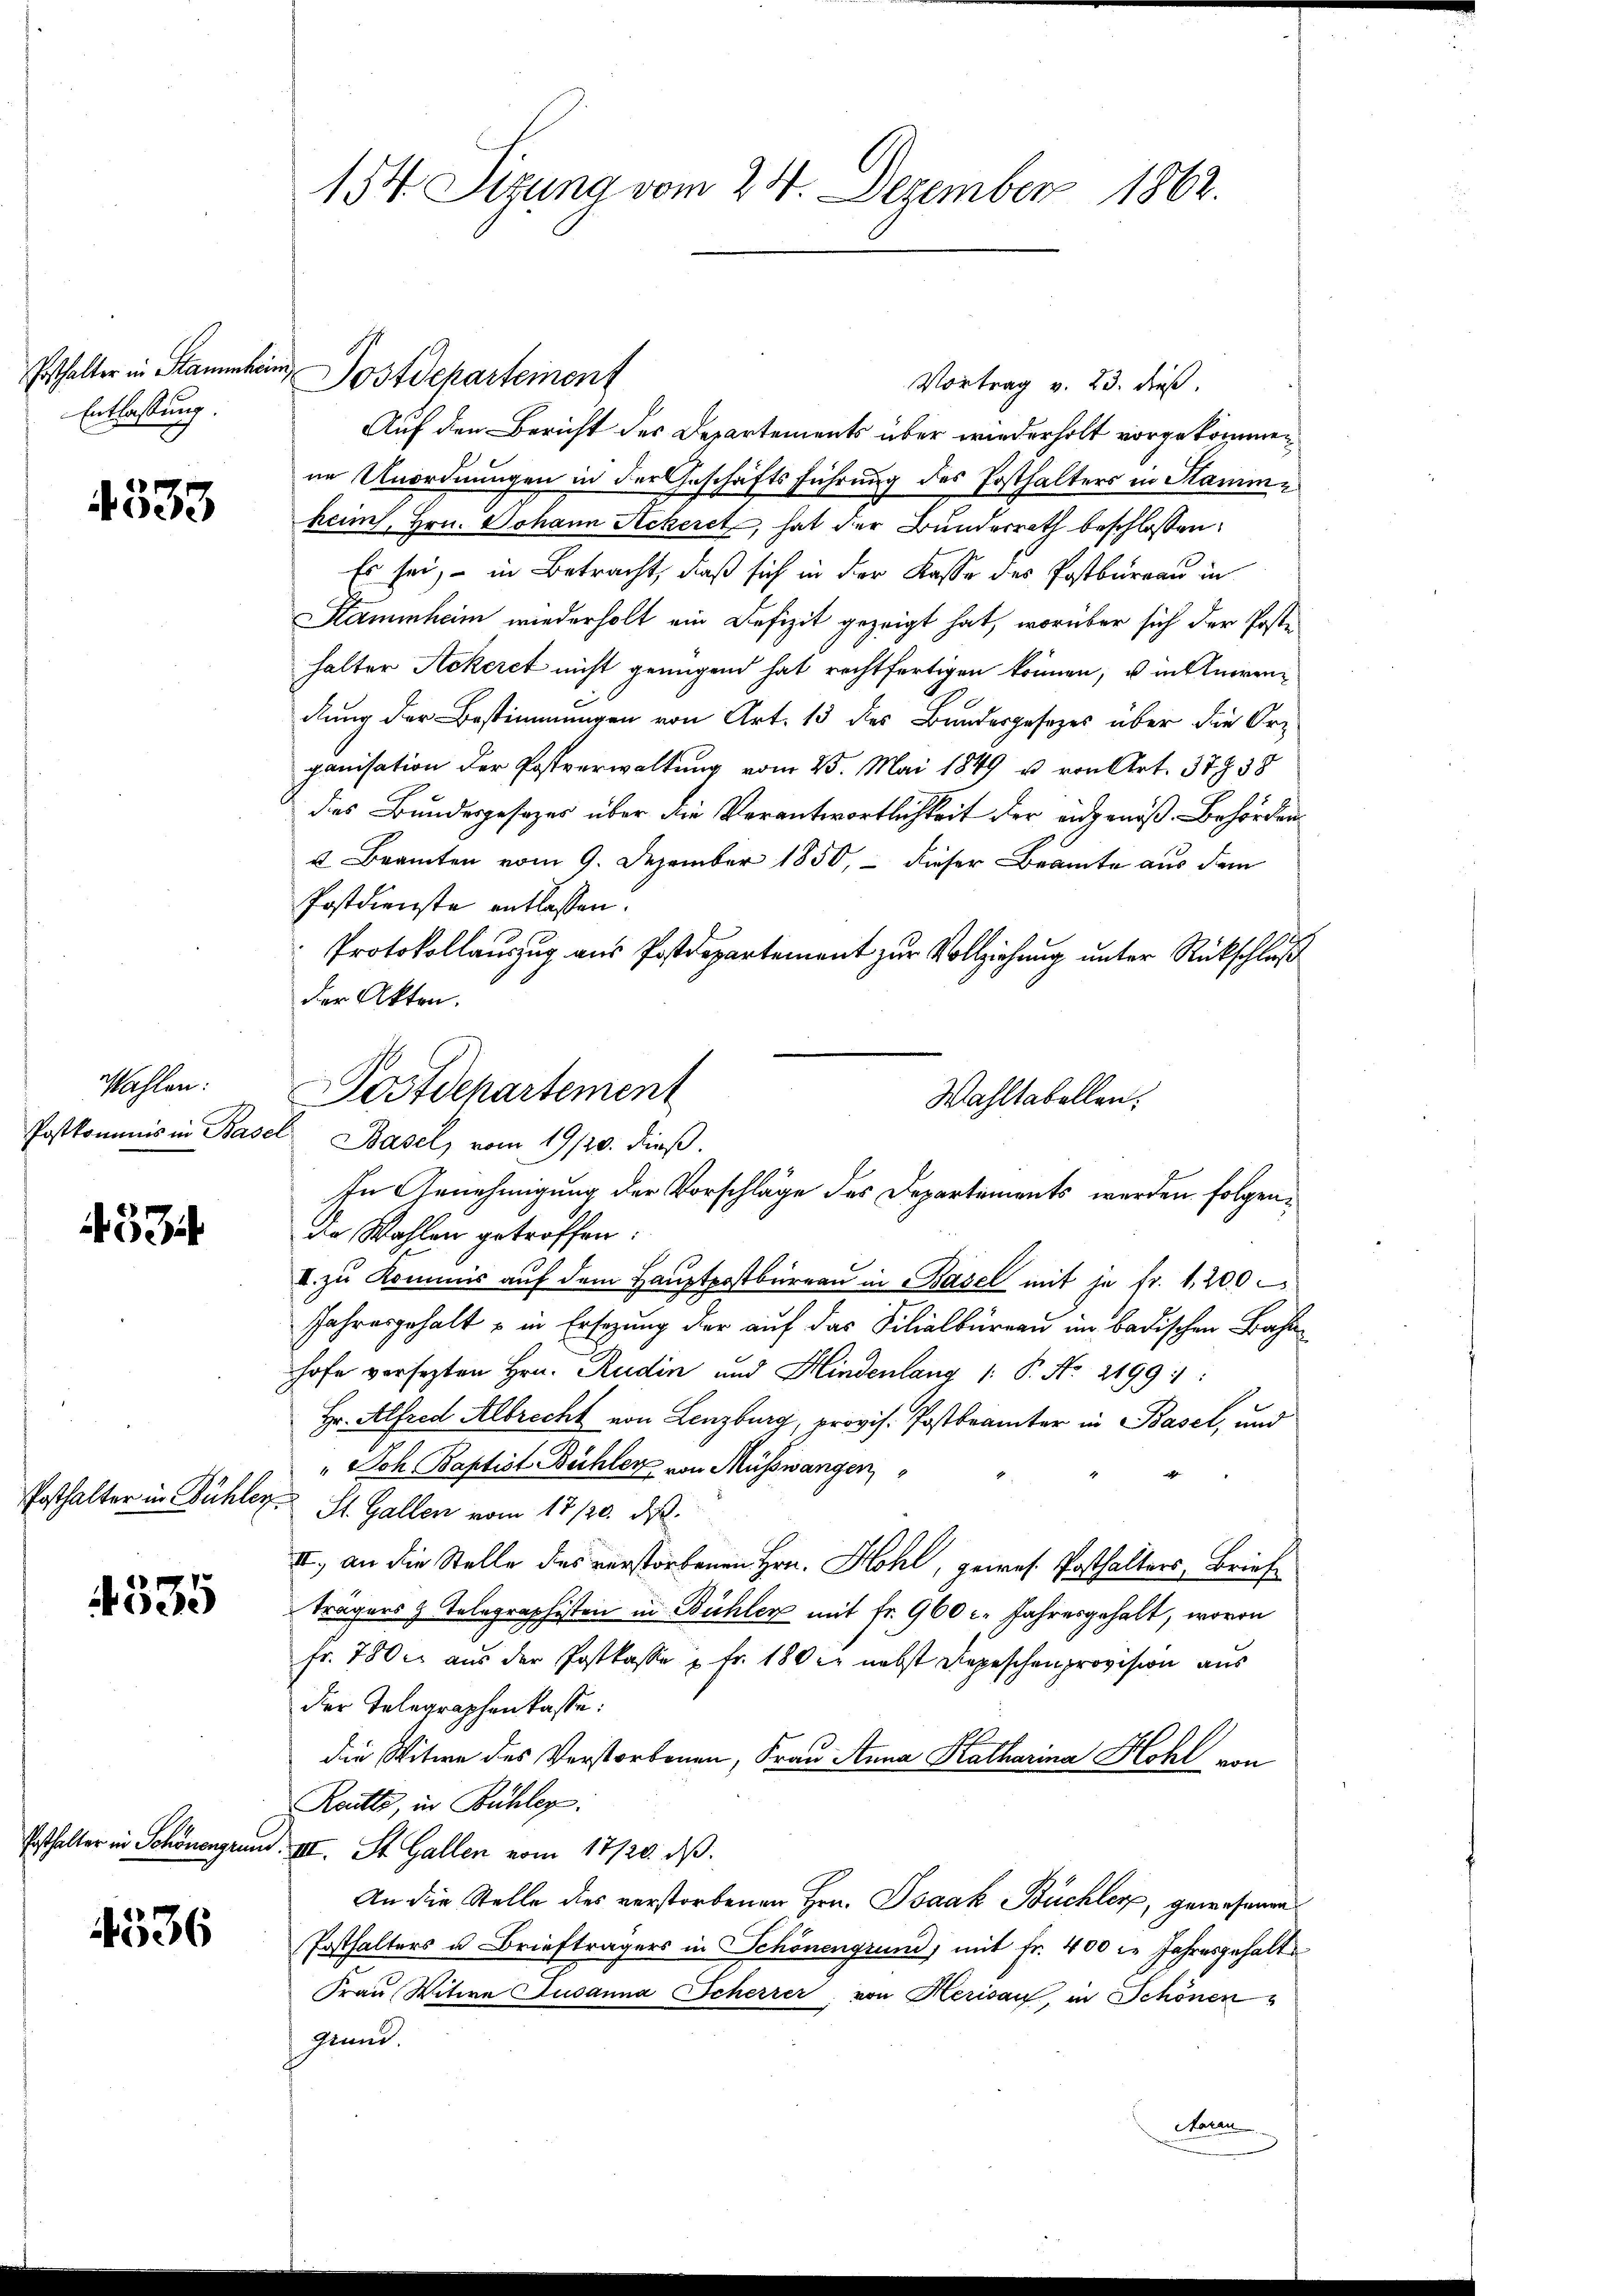
Posthalter in Stammheim
Entlassung.

4533

wahlen:
Postkommis in Basel

453

Posthalter in Bühler.

4535

4536

Postdepartement
Vortrag v. 23. dieß.
Auf den Bericht des Departements über wiederholt vorgekommen
ne Unordnungen in der Geschäftsführung des Posthalters in Sammheim, Hrn. Johann Ackeret, hat der Bundesrath beschlossen:
Es sei, in Betracht, daß sich in der Kasse des Postbureau in
Stammheim wiederholt ein Defizit gezeigt hat, worüber sich der Poste
halter Ackeret nicht genügend hat rechtfertigen können, u intuirendung der Bestimmungen von Art. 13 des Bundesgesetzes über die Orpanisation der Postverwaltung vom 25. Mai 1849 u. von Art. 37858
des Bundesgesezes über die Verantwortlichkeit der eidgenoß. Behörden
u. Beamten vom 9. Dezember 1850, – dieser Beamte aus dem
Postdienste entlassen.
Protokollauszug aus Postdepartement zur Vollziehung unter Rückschluß
der Akten.
Wahltabellen.
In Genehmigung der Vorschläge des Departements werden folgendie Wahlen getroffen:
I. zu Kommis auf dem Hauptpostbüreau in Basel mit je fr. 1200
Jahresgehalt - in Ersezung der auf das Filialbüreau im badischen Bahn
hofe versezten Hrn. Rudin und Hindenlang (: P. Nr. 2199:
Hr. Alfred Albrecht von Lenzburg, provis. Postbranter in Basel, und
" Joh. Baptist Bühler von Müsswangen,
St. Gallen vom 17/20. ds.
II., an die Stelle des verstorbenen Hrn. Hohl, gewes. Posthalters, Briefe
trägers & Telegraphisten in Bühler mit Fr. 960 c. Jahresgehalt, wovon
fr. 780 c. aus der Postkasse u Fr. 180 xr nebst Depeschenprovision aus
der Telegraphenkasse:
die Witwe des Verstorbenen, Frau Anna Katharina Hohl von
Rautts, in Bühler.
Ersthalter in Schönengrund. III. St. Gallen vom 17/20. ds.
An die Stelle dies verstorbenen Hrn. Isaak Büchler, gewesenen
Posthalters u. Briefträgers in Schönengrund, mit Fr. 400 l. Jahresgehalte
Frau Witwe Susanna Scherrer, von Herisau, in Schönen
Grand
dann

154. Sizung vom 24. Dezember 1862.

Postdepartement
Basel, vom 19/20. dieß.